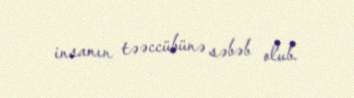
insanın təəccübünə səbəb olub.